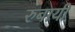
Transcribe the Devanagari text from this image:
रुबायी